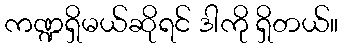
ကဏ္ဍရှိမယ်ဆိုရင် ဒါကို ရှိတယ်။